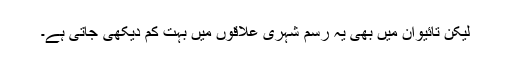
لیکن تائیوان میں بھی یہ رسم شہری علاقوں میں بہت کم دیکھی جاتی ہے۔